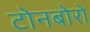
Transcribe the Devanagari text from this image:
टोनबोरो